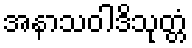
အနာသဝါဒိသုတ္တံ